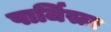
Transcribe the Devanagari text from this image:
पार्जिस्टर